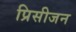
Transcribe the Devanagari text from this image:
प्रिसीजन